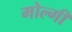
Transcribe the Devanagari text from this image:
मोल्गी